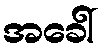
အခေါ်